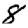
Digit: 8